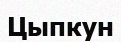
Цыпкун